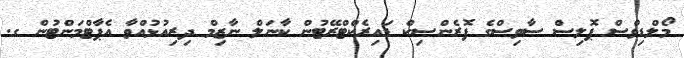
މޯލްޑިވްސް ޕޮލިސް ސާވިސްގެ ފޮރެންސިކް ޑައިރެކްޓްރޭޓުން ކާނަލް ނާޒިމް ދިރިއުޅުއްވާ އެޕާޓްމަންޓުން ގ.